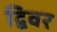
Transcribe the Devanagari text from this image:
द्विवर